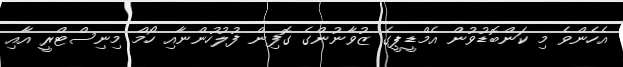
އެހެންވެ މި ކަންބޮޑުވުން އެމްޑީޕީގެ ޒުވާނުންގެ ގޮފިން ފުލުހުންނާއި ހޯމް މިނިސްޓްރީ އާއި